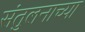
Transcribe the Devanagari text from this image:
संतुलनाच्या